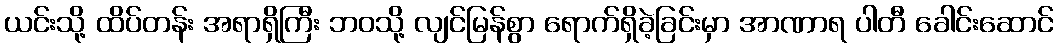
ယင်းသို့ ထိပ်တန်း အရာရှိကြီး ဘဝသို့ လျင်မြန်စွာ ရောက်ရှိခဲ့ခြင်းမှာ အာဏာရ ပါတီ ခေါင်းဆောင်